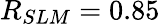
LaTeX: R_{SLM}=0.85